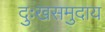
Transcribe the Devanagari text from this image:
दुःखसमुदाय